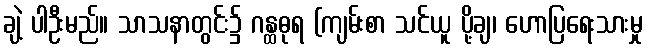
ချဲ့ ပါဦးမည်။ သာသနာတွင်း၌ ဂန္ထဓုရ (ကျမ်းစာ သင်ယူ ပို့ချ၊ ဟောပြရေးသားမှု